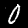
Label: 0